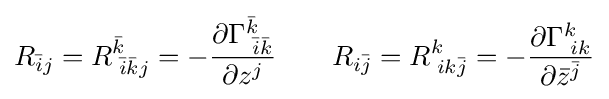
R_{{\bar {i}}j}=R_{\;{\bar {i}}{\bar {k}}j}^{\bar {k}}=-{\frac {\partial \Gamma _{\;{\bar {i}}{\bar {k}}}^{\bar {k}}}{\partial z^{j}}}\qquad R_{i{\bar {j}}}=R_{\;ik{\bar {j}}}^{k}=-{\frac {\partial \Gamma _{\;ik}^{k}}{\partial {\bar {z}}^{\bar {j}}}}